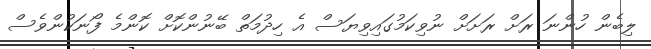
ލިބެން ހުންނަ ރަށް ރަށަށް ނުވިކަމުގައިވިޔަސް އެ ހިދުމަތް ބޭނުންކޮށް ކޮންމެ ފޯނަކުންވެސް